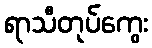
ရာသီတုပ်ကွေး